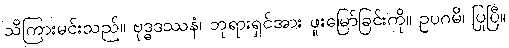
သိကြားမင်းသည်။ ဗုဒ္ဓဒဿနံ၊ ဘုရားရှင်အား ဖူးမြော်ခြင်းကို။ ဥပဂမိ၊ ပြုပြီ။